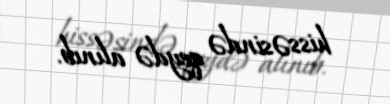
hissəsində qeydə alınıb.